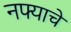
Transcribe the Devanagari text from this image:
नफ्याचे